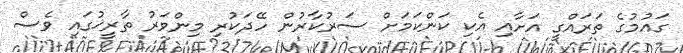
ގައުމުގެ ތަރައްގީ އަށާއި އެކި ކަންކަމަށް ސަރުކާރުން ހޭދަކުރި މިންވަރު ތާރީޚުގައި ވެސް